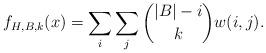
LaTeX: \begin{align*}f_{H,B,k}(x) = \sum_i\sum_j\binom{|B|-i}kw(i,j).\end{align*}